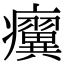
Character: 𤼌